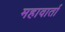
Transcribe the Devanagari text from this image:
महावार्ता